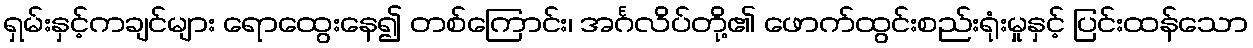
ရှမ်းနှင့်ကချင်များ ရောထွေးနေ၍ တစ်ကြောင်း၊ အင်္ဂလိပ်တို့၏ ဖောက်ထွင်းစည်းရုံးမှုနှင့် ပြင်းထန်သော